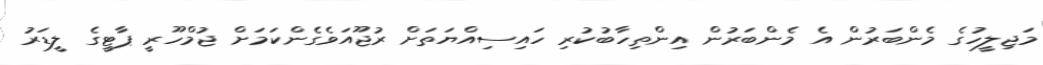
މަޖިލީހުގެ މެންބަރުން އެ މެންބަރުން އިންތިހާބުކުރި ހައިސިއްޔަތަށް ރުޖޫއަވެގެންކަމަށް ޖުމްހޫރީ ޕާޓީގެ ލީޑަރު